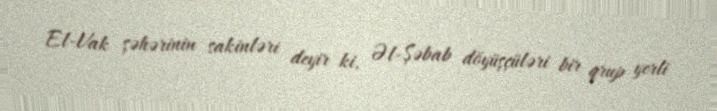
El-Vak şəhərinin sakinləri deyir ki, Əl-Şəbab döyüşçüləri bir qrup yerli